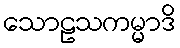
သောဠသကမ္မာဒိ